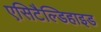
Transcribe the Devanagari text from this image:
एसिटैल्डिहाइड